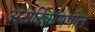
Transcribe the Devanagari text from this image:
अंटार्टिकामधील